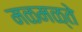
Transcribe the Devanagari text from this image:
मळमळ्ते